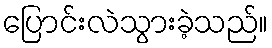
ပြောင်းလဲသွားခဲ့သည်။